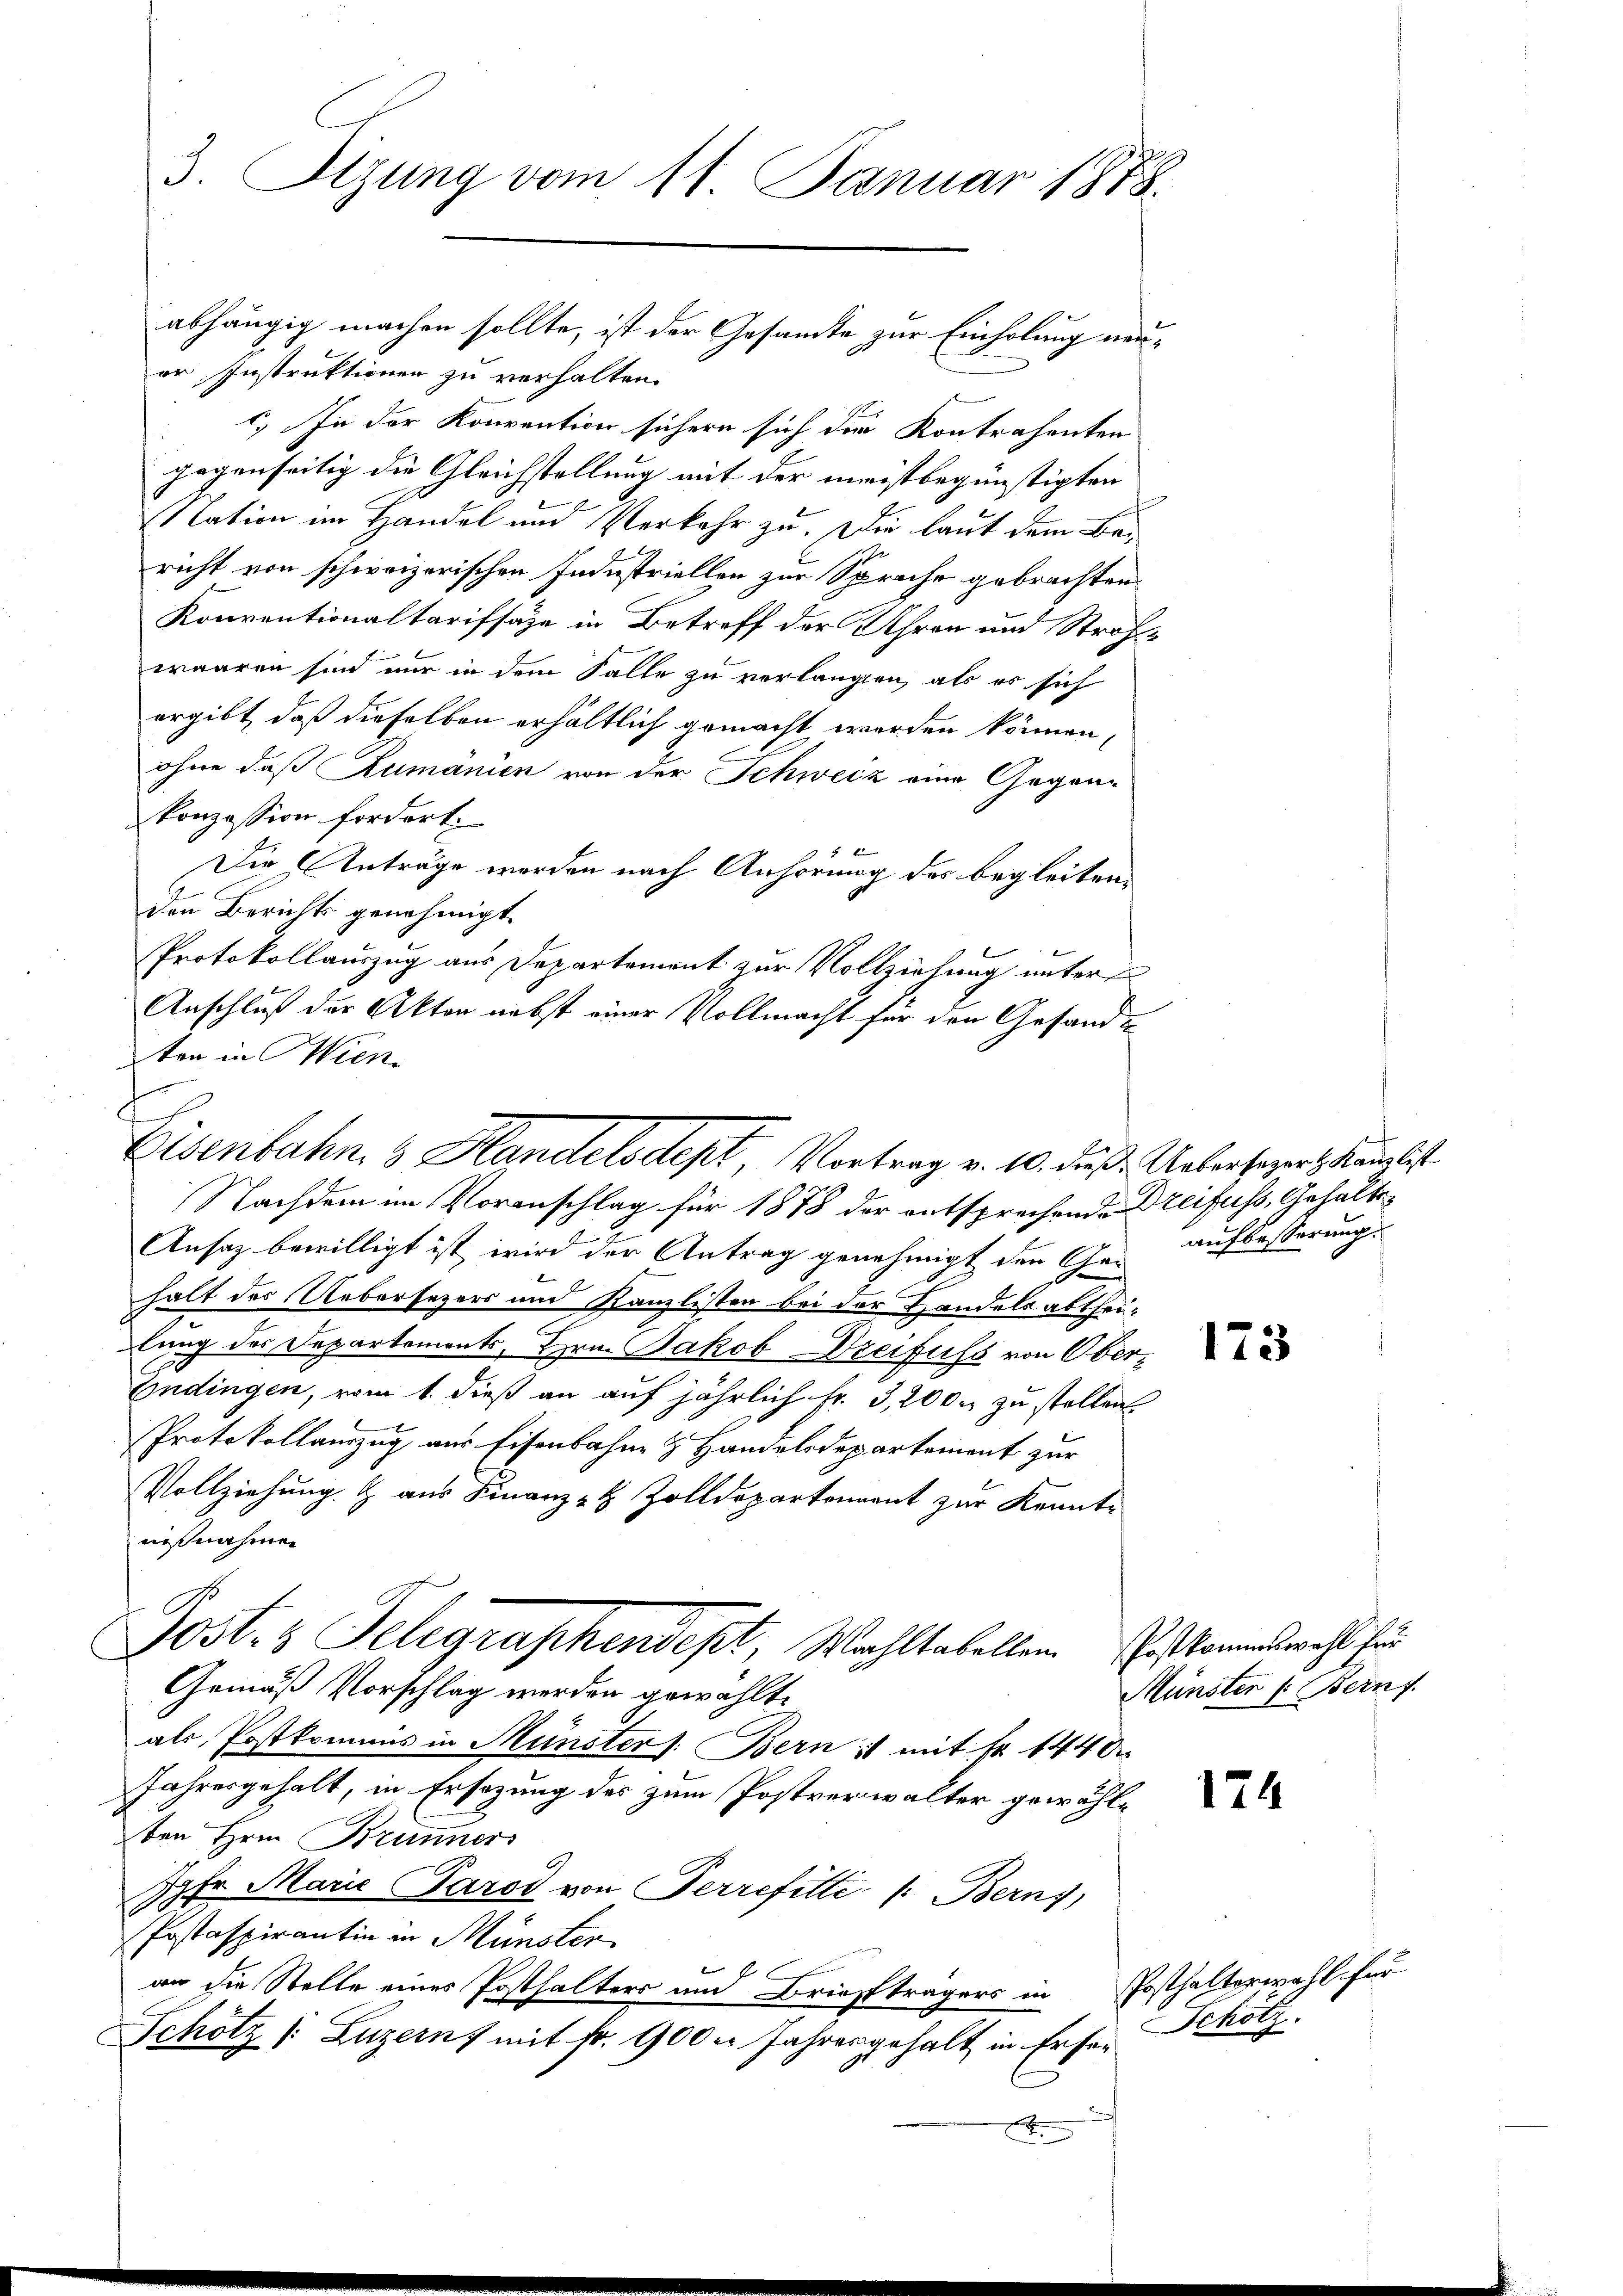
3. Sitzung vom 11. Januar 1878.

abhängig machen sollte, ist der Gesamte zur Einholung neuer Instruktionen zu verhalten.
.
c.) In der Konvention sichern sich der Kontrahenten
gegenseitig die Gleichstellung mit der meistbegünstigten
Nation im Handel und Verkehr zu. Die laut dem Baricht von schweizerischen Industriellen zur Sprache gebrachten
Konventionaltarifsäze in Betreff der Uhren und Strafwaaren sind nur in dem Falle zu verlangen, als es sich
ergibt, daß dieselben erhältlich gemacht worden können,
ohne daß Rumänien von der Schweiz eine Gegenkonzession fordert.
4 x
Die Anträge werden nach Anhörung des begleiten¬
Den Berichts genehmigt.
Protokollauszug aus Departement zur Vollziehung unter
Anschluß der Aktor nebst einer Vollmacht für den Gesandten in Wien
Ansaz bewilligt ist wird der Antrag genehmigt den Ge- aufbesserung
2
halt des Uebersezers um Kanzlister bei der Handelsabtheilung des Departements, Hrn. Jakob Dreifuss von Ober¬
Endingen, vom 1. dieß an auf jährlich Fr. 3, 2000 zu stellen
Protokollauszug aus Eisenbahn & Handelsdepartement zur
Vollziehung. Z. aus Finanz- & Zolldepartement zur Kennt-
nißnahmen
Post- & Telegraphendept, Wahltabellen es kommesrecht für
Gemäß Vorschlag werden gewählte
als Postkommis in Münster: Bern ist mit Fr. 144 d
Jahresgehalt, in Ersezung des zum Postverwalter gewählden Herrn Brunner
Jgfr. Marie Parod von Perrefitti /: Berns,
Postaspirantin in Münster
an die Stelle eines Posthalters und Briefträgers in Posthalterwahl für
Schötz /: Luzern mit fr. 900 er Jahresgehalt in Erser Schölz
x

Eisenbahn, 3 Handelsdept Vortrag v. 10. dieß Uebersezerskanzlist
Nachdem im Voranschlag für 1878 der entsprechende Dreifuss, Gehalte

173

124

Münster Bern f